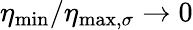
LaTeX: \eta_{\mathrm{min}}/\eta_{\mathrm{max,}\sigma}\to 0